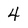
Character: 4